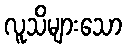
လူသိများသော